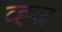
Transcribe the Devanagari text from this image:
व्ह्ज